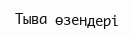
Тыва өзендері